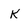
Character: k